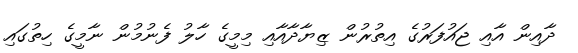
ދާއިން އާއި ޖައުފަރުގެ އިތުރުން ޒިޔާދާއާއި މިމީގެ ހާލު ފެނުމުން ނާމީގެ ހިތުގައި